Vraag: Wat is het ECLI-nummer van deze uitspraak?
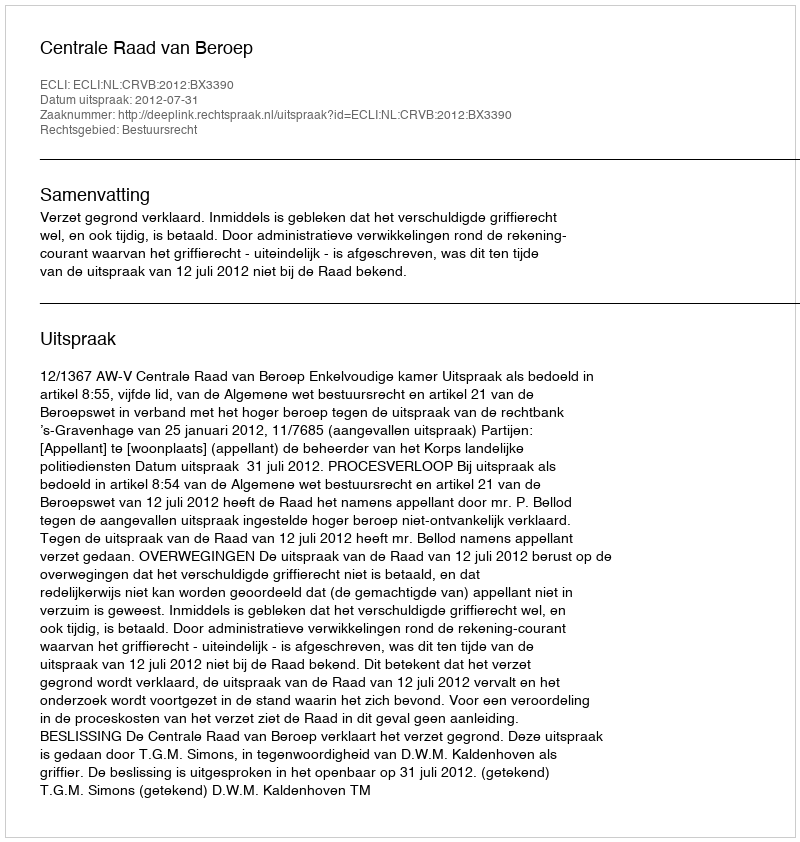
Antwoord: ECLI:NL:CRVB:2012:BX3390